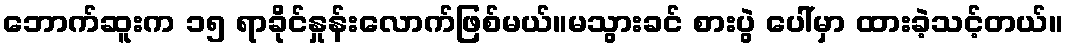
ဘောက်ဆူးက ၁၅ ရာခိုင်နှုန်းလောက်ဖြစ်မယ်။မသွားခင် စားပွဲ ပေါ်မှာ ထားခဲ့သင့်တယ်။